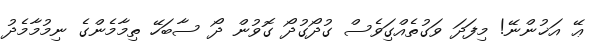
ޢޭ އަޚުންނޭ! މިފަދަ ވަގުތެއްގަިވެސް ގުދޯގުދޯ ގޮވުން ދޯ ސާބަހޭ ތިމާމެންގެ ނިމުމާމެދު